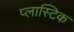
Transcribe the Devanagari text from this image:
प्‍लास्‍टिक